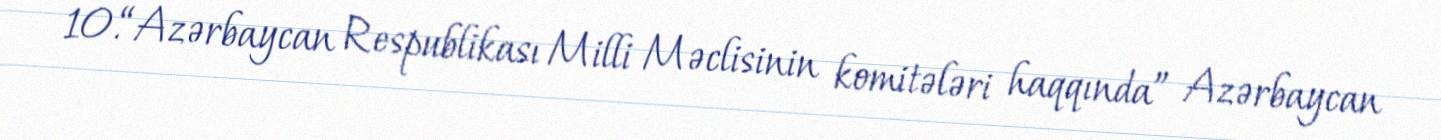
10.“Azərbaycan Respublikası Milli Məclisinin komitələri haqqında” Azərbaycan